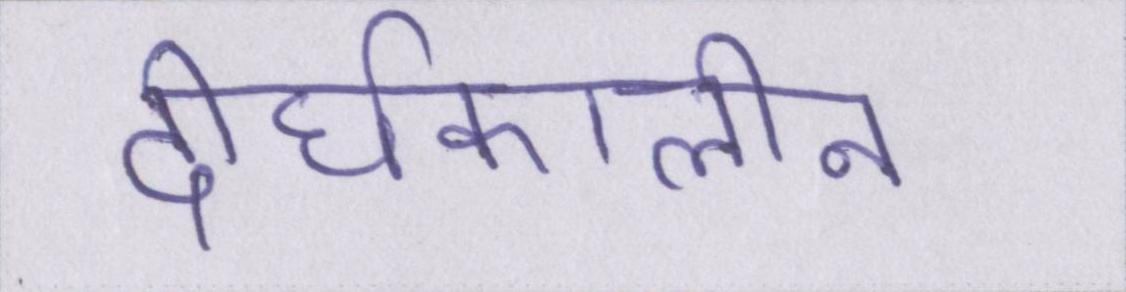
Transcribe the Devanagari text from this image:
दीर्घकालीन